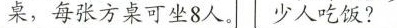
桌，每张方桌可坐8人。少人吃饭?